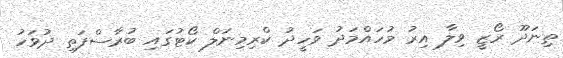
ތިނަދޫ ރޯޒީ ވިލާ އިރު މުހައްމަދު ވަހީދު ކްރިމިނަލް ކޯޓުގައި ބުރާސްފަތި ދުވަހު